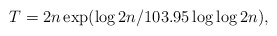
\begin{align*} T= 2n\exp(\log 2n/103.95\log \log 2n),\end{align*}